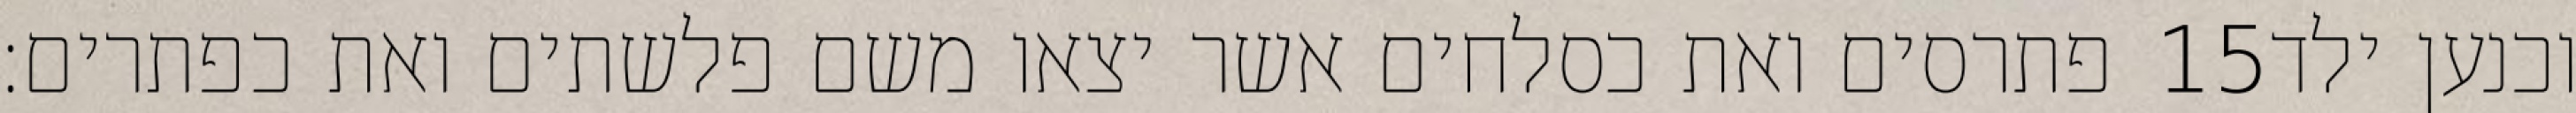
פתרסים ואת כסלחים אשר יצאו משם פלשתים ואת כפתרים׃ ‎15‏ וכנען ילד